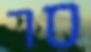
סר